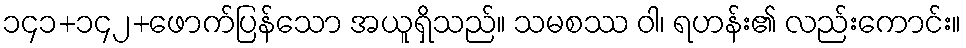
၁၄၁+၁၄၂+ဖောက်ပြန်သော အယူရှိသည်။ သမစဿ ဝါ၊ ရဟန်း၏ လည်းကောင်း။